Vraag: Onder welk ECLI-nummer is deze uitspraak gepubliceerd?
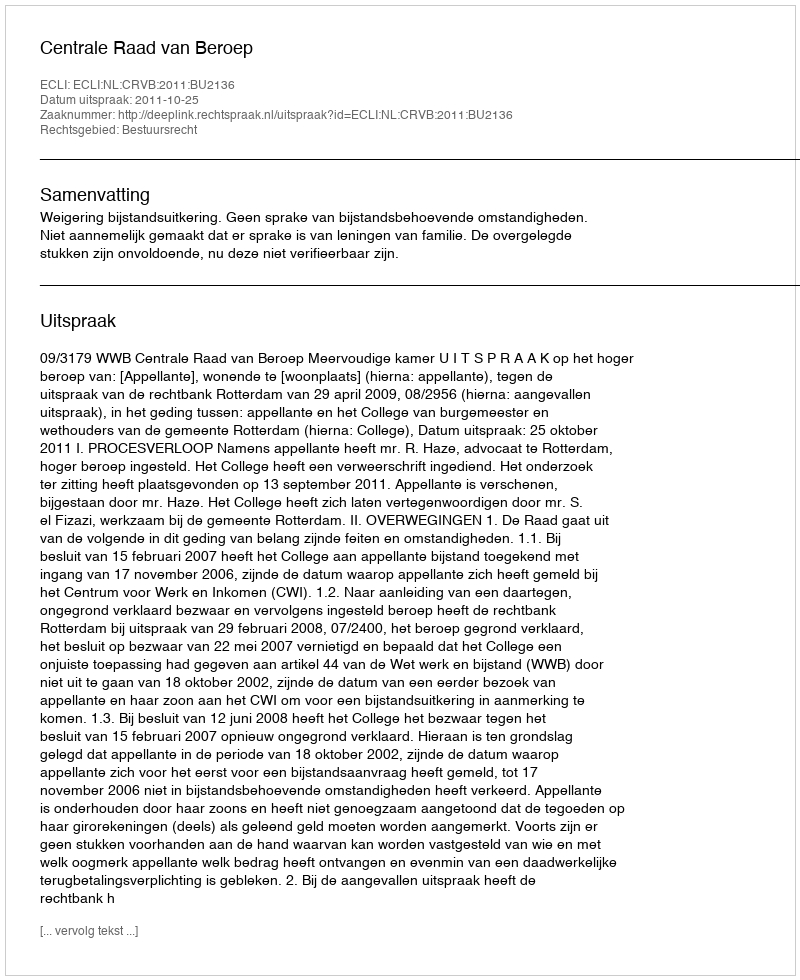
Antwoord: ECLI:NL:CRVB:2011:BU2136